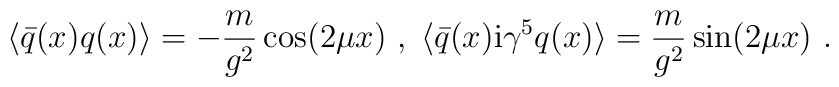
\langle \bar{q}(x)q(x)\rangle = -\frac{m}{g^2}\cos (2 \mu x)\ ,\;\langle \bar{q}(x){\rm i}\gamma^5 q(x)\rangle = \frac{m}{g^2} \sin(2 \mu x) \ .